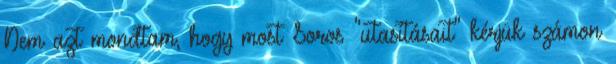
Nem azt mondtam, hogy most Soros "utasításait" kérjük számon